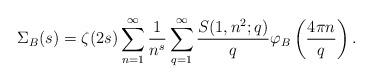
LaTeX: \begin{align*}\Sigma_B(s)=\zeta(2s)\sum_{n=1}^{\infty}\frac{1}{n^{s}}\sum_{q=1}^{\infty}\frac{S(1,n^2;q)}{q}\varphi_B\left(\frac{4\pi n}{q}\right).\end{align*}